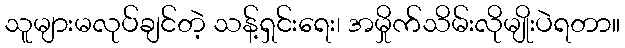
သူများမလုပ်ချင်တဲ့ သန့်ရှင်းရေး၊ အမှိုက်သိမ်းလိုမျိုးပဲရတာ။